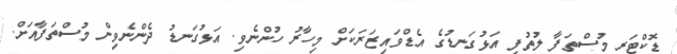
ޑޮކްޓަރ މުސްތަފާ ލުތުފީ އަޅުގަނޑުގެ އެޑްވައިޒަރަކަށް މިހާރު ހުންނެވި. އަޅުގަނޑު ދެންނެވިން މުސްތަފާއަށް.